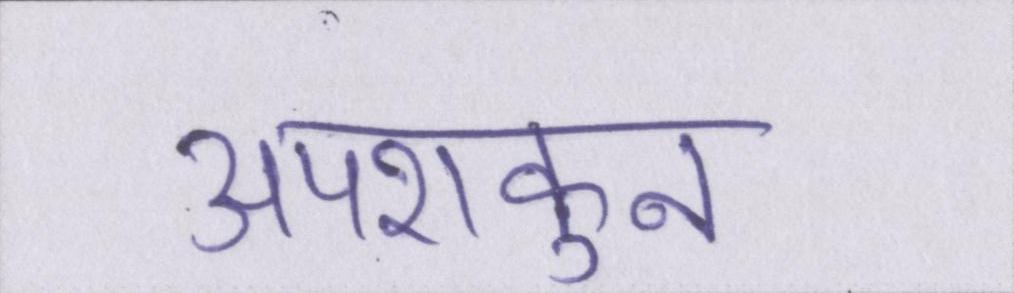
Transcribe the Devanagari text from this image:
अपशकुन